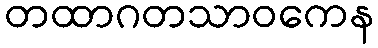
တထာဂတသာဝကေန